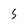
Character: S